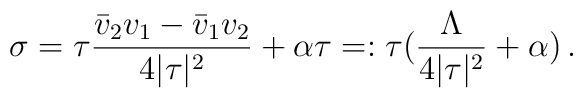
\sigma = \tau \frac{\bar v_2 v_1 - \bar v_1 v_2}{4 |\tau|^2} + \alpha\tau =: \tau(\frac{\Lambda}{4|\tau|^2} + \alpha)\, .